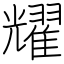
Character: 耀